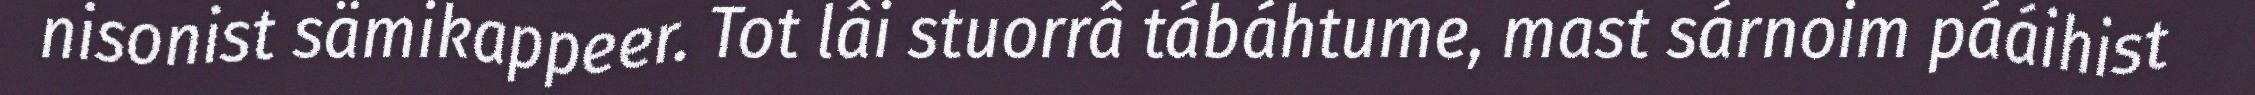
nisonist sämikappeer. Tot lâi stuorrâ tábáhtume, mast sárnoim pááihist